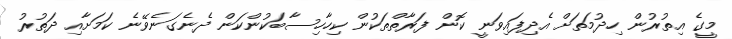
މީގެ އިތުރުން ހިދުމަތަށް އެދިފައިވަނީ ކޮން ފަރާތްތަކުން ކިހާހިސާބަކުންކަން ދެނެގަނެވޭނެ ކަމަށާއި ދަތުރު